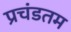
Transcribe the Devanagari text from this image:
प्रचंडतम